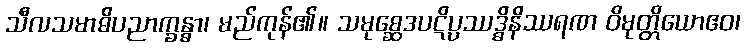
သီလသမာဓိပညာက္ခန္ဓာ၊ မည်ကုန်၏။ သမုစ္ဆေဒပဋိပ္ပဿဒ္ဓိနိဿရဏ ဝိမုတ္တိယောဧဝ၊